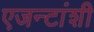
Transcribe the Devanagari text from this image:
एजन्टांशी